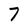
Character: 7